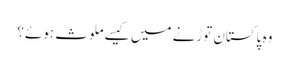
وہ پاکستان توڑنے میں کیسے ملوث ہوئے؟